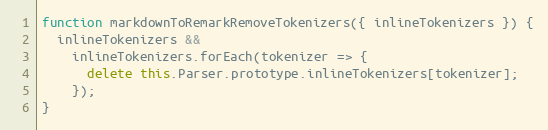
Language: JavaScript
function markdownToRemarkRemoveTokenizers({ inlineTokenizers }) {
  inlineTokenizers &&
    inlineTokenizers.forEach(tokenizer => {
      delete this.Parser.prototype.inlineTokenizers[tokenizer];
    });
}